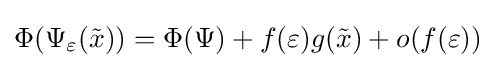
\Phi (\Psi _{\varepsilon }({\tilde {x}}))=\Phi (\Psi )+f(\varepsilon )g({\tilde {x}})+o(f(\varepsilon ))